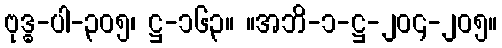
ဗုဒ္ဓ-ပါ-၃၀၅၊ ဋ္ဌ-၁၆၃။ ။အဘိ-၁-ဋ္ဌ-၂၀၄-၂၀၅။